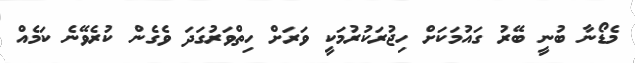
މެޑޯނާ ބުނީ ބޭރު ގައުމަކަށް ހިޖުރަކުރުމަކީ ވަރަށް ހިތްވަރުގަދަ ވެގެން ކުރެވޭނެ ކަމެއް